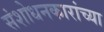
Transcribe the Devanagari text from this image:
संशोधनकारांच्या